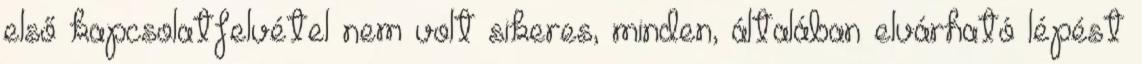
első kapcsolatfelvétel nem volt sikeres, minden, általában elvárható lépést